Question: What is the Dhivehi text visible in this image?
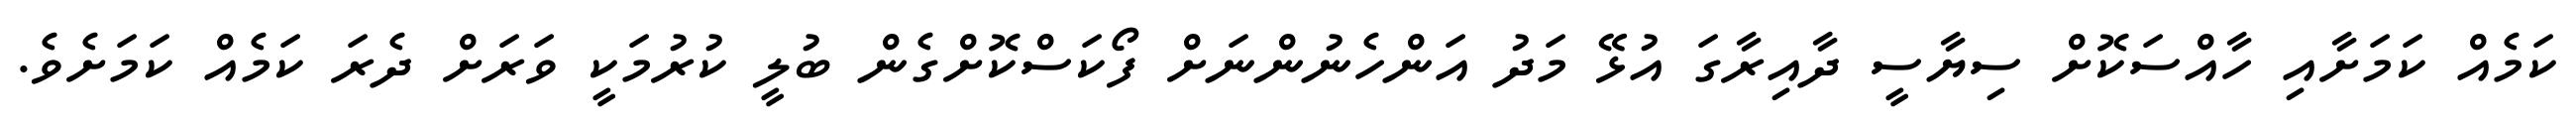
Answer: ކަމެއް ކަމަށާއި ހާއްސަކޮށް ސިޔާސީ ދާއިރާގަ އުޅޭ މަދު އަންހެނުންނަށް ފޯކަސްކޮށްގެން ބުލީ ކުރުމަކީ ވަރަށް ދެރަ ކަމެއް ކަމަށެވެ.